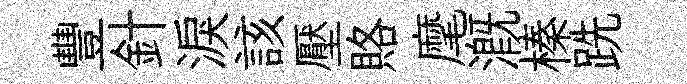
豐針淚該壓賂麾溉榛跣